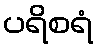
ပရိစရံ